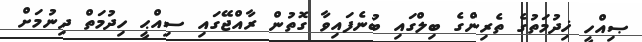
ޞިއްހީ ޚިދުމަތުގެ ތެރިންގެ ބިލްގައި ބުނެފައިވާ ގޮތުން ރާއްޖޭގައި ސިއްޙީ ހިދުމަތް ދިނުމަށް